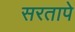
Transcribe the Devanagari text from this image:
सरतापे